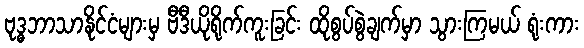
ဗုဒ္ဓဘာသာနိုင်ငံများမှ ဗီဒီယိုရိုက်ကူးခြင်း ထိုစွပ်စွဲချက်မှာ သွားကြမယ် ရုံးကား